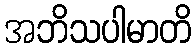
အဘိသပါမာတိ